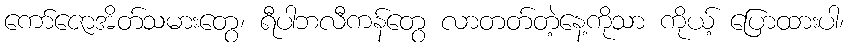
ကော်ဇောအိတ်သမားတွေ၊ ရီပါဘလီကန်တွေ လာတတ်တဲ့နေ့ကိုသာ ကိုယ့် ပြောထားပါ၊